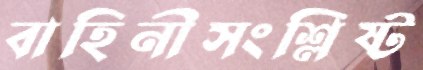
বাহিনীসংশ্লিষ্ট